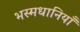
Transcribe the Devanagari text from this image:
भस्मधानियाँ